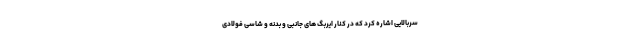
سربالایی اشاره کرد که در کنار ایربگ های جانبی و بدنه و شاسی فولادی